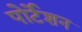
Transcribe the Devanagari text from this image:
पोर्टेशन